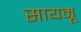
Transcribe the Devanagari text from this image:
सायम्रू